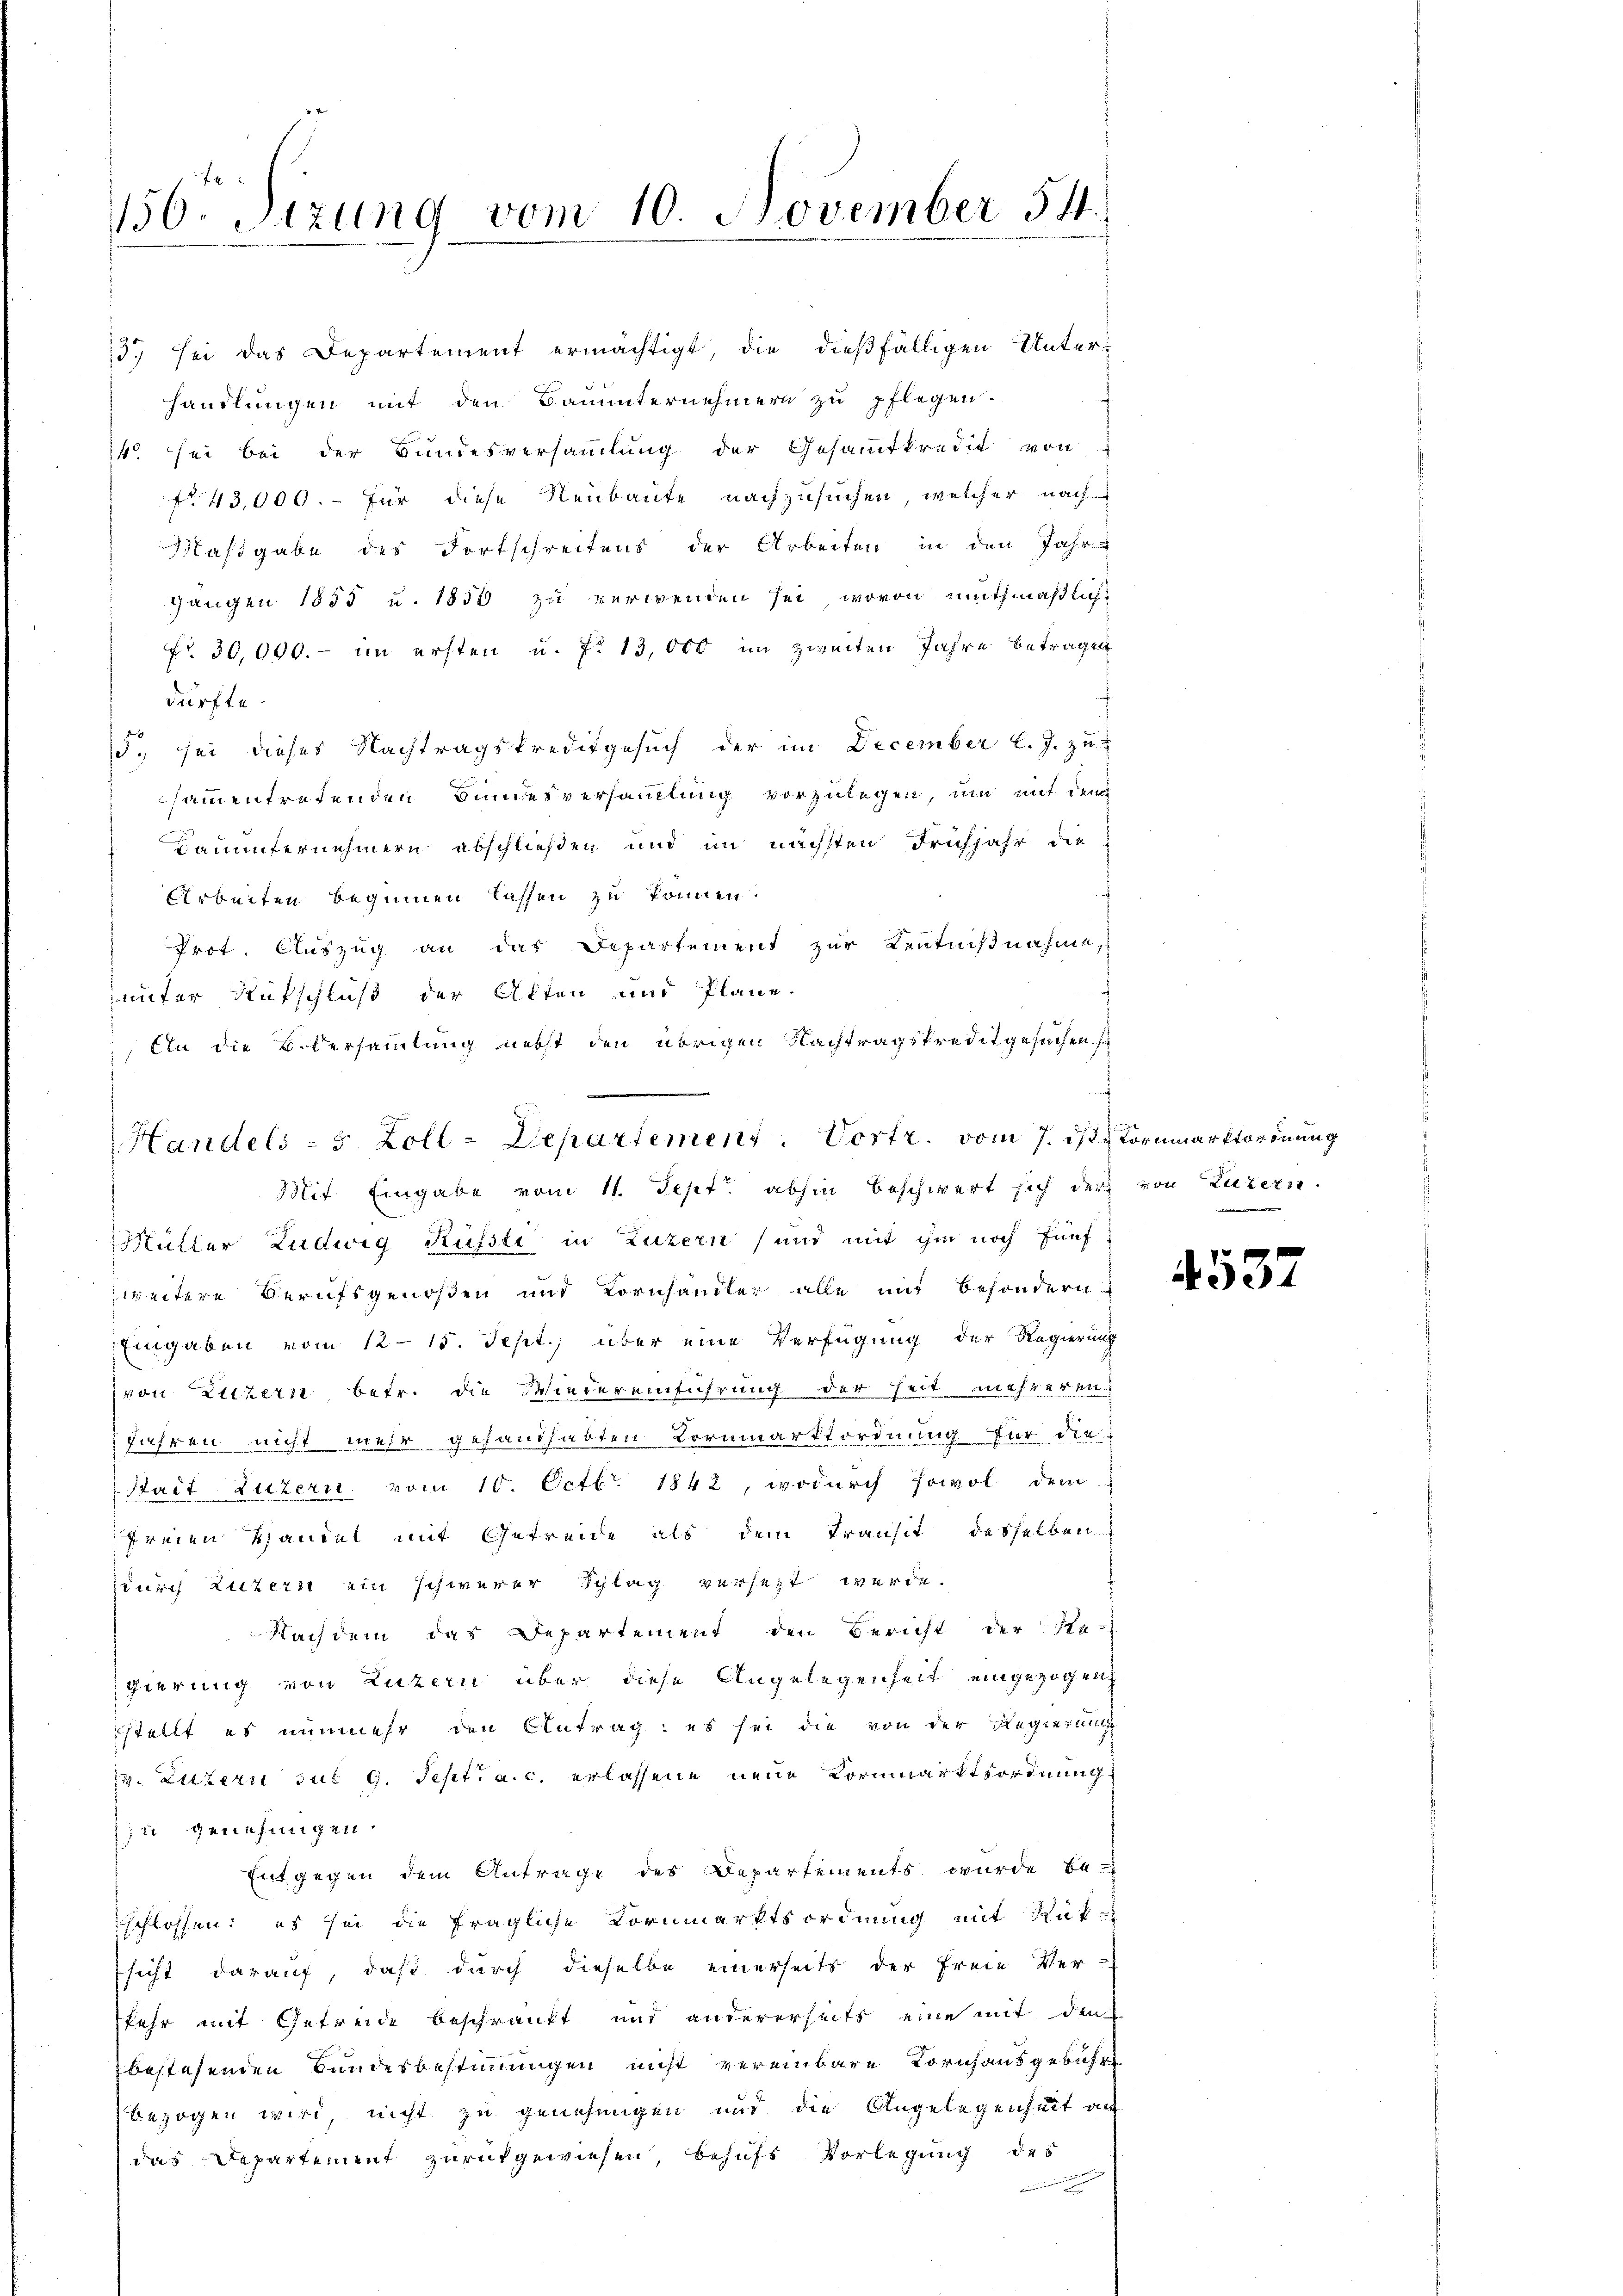
150. Sizung vom 10. November 54.

13. sei das Departement ermächtigt, die dießfälligen Unterhandlungen mit den Bauunternehmern zu pflegen.
14 sei bei der Bundesversammlung der Gesammtkredit von
f 43,000.- Für diese Neubaute nachzusuchen, welcher nach
Maßgabe des Fortschreitens der Arbeiten in den Jahr
Gangen 1855 u. 1850 zu verwenden sei, wovon muthmaßliche
Nr. 30,000.- im ersten u. f. 13,000 im zweiten Jahre betragen
dürfte.
5. sei dieses Nachtragskreditgesuch der im December l. J. zu
sammentretenden Bundesversammlung vorzulegen, um mit dem
Bauunternehmern abschließen und im nächsten Frühjahr die
Arbeiten beginnen lassen zu können.
Prot. Auszug an das Departement zur Kentnißnahme,
unter Rutschluß der Akten und Pläne.
An die B.Versammlung nebst den übrigen Nachtragskredit gesuchen, s
Müller Ludwig Rüsste in Luzern und mit ihm noch fünf
zweitere Berufsgenoßen und Kornhandler alle mit besondern
Eingaben vom 12. 15. Sept. über eine Verfügung der Regierung
von Luzern betr. die Wiedereinführung der Zeit mehreren
führen nicht mehr gehandhabten Kornmarktordnung für die
Bait Luzern, vom 10. Octbr. 1842, wodurch sowol dem
freien Handel mit Getreide als dem Transit desselben
durch Luzern ein schwerer Schlag versezt werde.
Nachdem das Departement den Bericht der Re-
gierung von Luzern über diese Angelegenheit eingezogen.
stellt es nunmehr den Antrag: es sei die von der Regierung
12. Eltern zur 9. Sept. a. c. erlassene neue Vormuarktsordnung
in Genehmigen.
Entgegen dem Antrage des Departements wurde be-
schlossen: es sei die fragliche Kornmarktsordnung mit Rüksicht darauf, daß durch dieselbe einerseits der Freie Ver-
kehr mit Gefreide beschränkt und andererseits eine mit der
bestehenden Bundesbestimmungen nicht vereinbare Kornhausgebühre
bezogen wird, nicht zu genehmigen und die Angelegenheit au
das Departement zurückgewiesen, behufs Vorlegung des
wenn einer

e
Handels - 5 Zoll-Departement. Vortr. vom 7. ist. Kornmarktordnung
Mit. Eingabe vom 11. Sept. abhin beschwert sich der von Luzern

4537